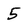
Character: 5